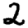
Digit: 2